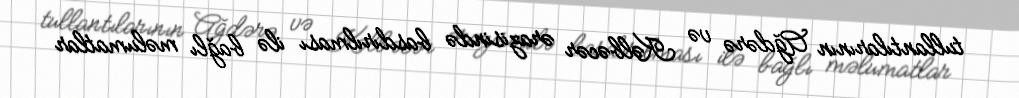
tullantılarının Ağdərə və Kəlbəcər ərazisində basdırılması ilə bağlı məlumatlar